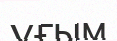
үғым